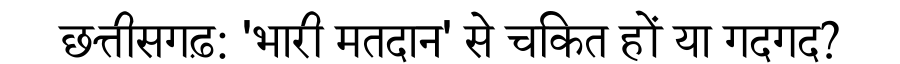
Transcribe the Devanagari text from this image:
छत्तीसगढ़: 'भारी मतदान' से चकित हों या गदगद?